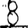
Digit: 8